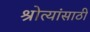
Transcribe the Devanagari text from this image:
श्रोत्यांसाठी